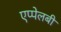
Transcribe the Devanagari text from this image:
एप्पेलबी